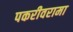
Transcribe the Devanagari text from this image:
पकरीवरामा